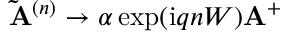
\mathbf { \tilde { A } } ^ { ( n ) } \to \alpha \exp ( \mathrm { i } q n W ) \mathbf { A } ^ { + }